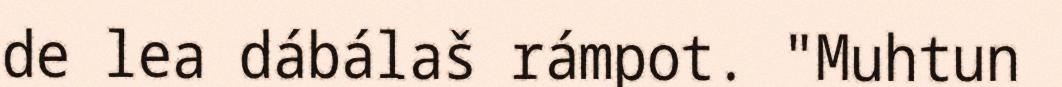
de lea dábálaš rámpot. "Muhtun